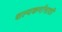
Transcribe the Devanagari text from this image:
शल्यकर्मासाठी